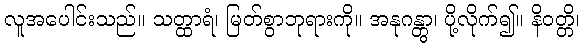
လူအပေါင်းသည်။ သတ္ထာရံ၊ မြတ်စွာဘုရားကို။ အနုဂန္တွာ၊ ပို့လိုက်၍။ နိဝတ္တိ၊